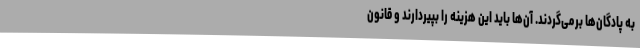
به پادگان‌ها برمی‌گردند. آن‌ها باید این هزینه را بپیردارند و قانون